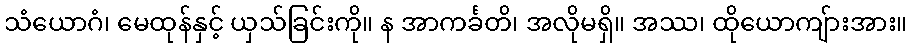
သံယောဂံ၊ မေထုန်နှင့် ယှသ်ခြင်းကို။ န အာကင်္ခတိ၊ အလိုမရှိ။ အဿ၊ ထိုယောကျ်ားအား။